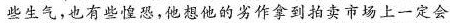
些生气，也有有些惶恐，他想他的劣作拿到拍卖场上一定会